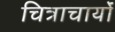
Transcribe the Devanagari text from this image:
चित्राचार्यों